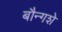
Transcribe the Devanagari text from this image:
बौन्गशे